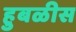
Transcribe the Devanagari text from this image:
हुबळीस